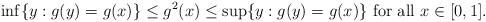
LaTeX: \begin{align*} \inf\{y: g(y)=g(x)\}\le g^2(x)\le \sup\{y:g(y)=g(x)\} \textrm{ for all } x\in [0,1]. \end{align*}